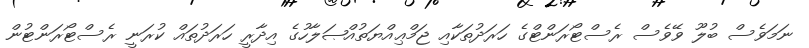
ނަމަވެސް ބުލޫ ވޭވެސް ރެސްޓޯރަންޓްގެ ހަރަދުތަކާއި ޖަމްޢިއްޔަތުއްޞަލާހުގެ އިދާރީ ހަރަދުތައް ކުރަނީ ރެސްޓޯރަންޓުން